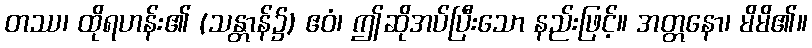
တဿ၊ ထိုရဟန်း၏ (သန္တာန်၌) ဧဝံ၊ ဤဆိုအပ်ပြီးသော နည်းဖြင့်။ အတ္တနော၊ မိမိ၏။